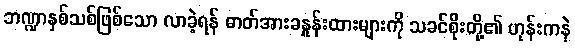
ဘဏ္ဍာနှစ်သစ်ဖြစ်သော လာခဲ့ရန် ဓာတ်အားခနှုန်းထားများကို သခင်စိုးတို့၏ ဟုန်းကနဲ